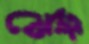
টেস্ট